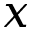
x